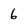
Character: 6